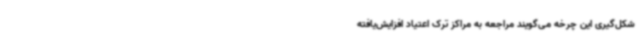
شکل‌گیری این چرخه می‌گویند مراجعه به مراکز ترک اعتیاد افزایش‌یافته